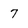
Character: 7